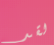
لقد